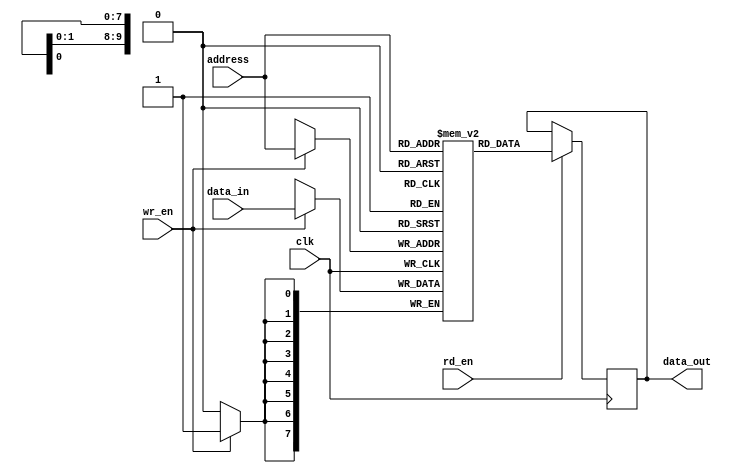
module dram (
    input wire clk,             // Clock signal
    input wire wr_en,           // Write enable signal
    input wire rd_en,           // Read enable signal
    input wire [7:0] data_in,   // Input data
    output reg [7:0] data_out,  // Output data
    input wire [9:0] address    // Address for memory access
);

reg [7:0] memory [0:1023];     // Array of memory cells

always @(posedge clk) begin
    if (wr_en) begin
        memory[address] <= data_in;
    end
    if (rd_en) begin
        data_out <= memory[address];
    end
end

endmodule